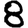
Digit: 8